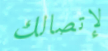
لإتصالك